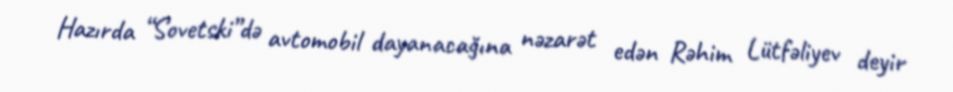
Hazırda “Sovetski”də avtomobil dayanacağına nəzarət edən Rəhim Lütfəliyev deyir